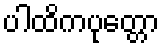
ပါထိကပုတ္တော